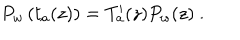
LaTeX: P _ { w } \left( t _ { a } ( z ) \right) = T _ { a } ^ { \prime } ( z ) P _ { w } ( z ) \ .